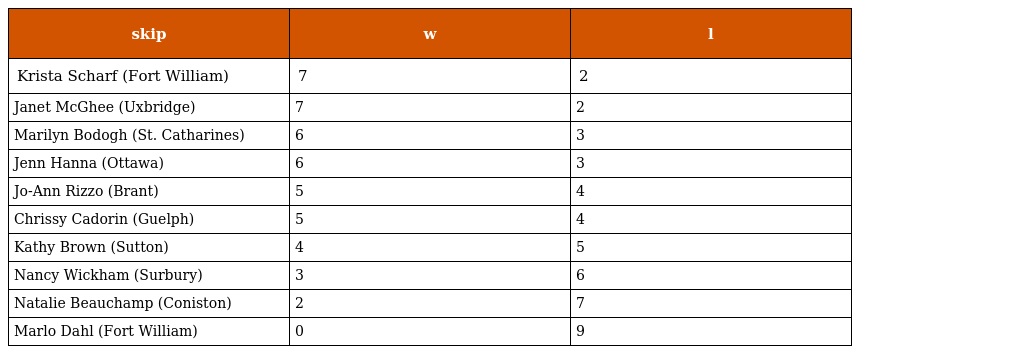
| skip | w | l |
 | --- | --- | --- |
 | Krista Scharf (Fort William) | 7 | 2 |
 | Janet McGhee (Uxbridge) | 7 | 2 |
 | Marilyn Bodogh (St. Catharines) | 6 | 3 |
 | Jenn Hanna (Ottawa) | 6 | 3 |
 | Jo-Ann Rizzo (Brant) | 5 | 4 |
 | Chrissy Cadorin (Guelph) | 5 | 4 |
 | Kathy Brown (Sutton) | 4 | 5 |
 | Nancy Wickham (Surbury) | 3 | 6 |
 | Natalie Beauchamp (Coniston) | 2 | 7 |
 | Marlo Dahl (Fort William) | 0 | 9 |